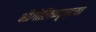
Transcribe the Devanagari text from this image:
भौगोलिकदृष्टया